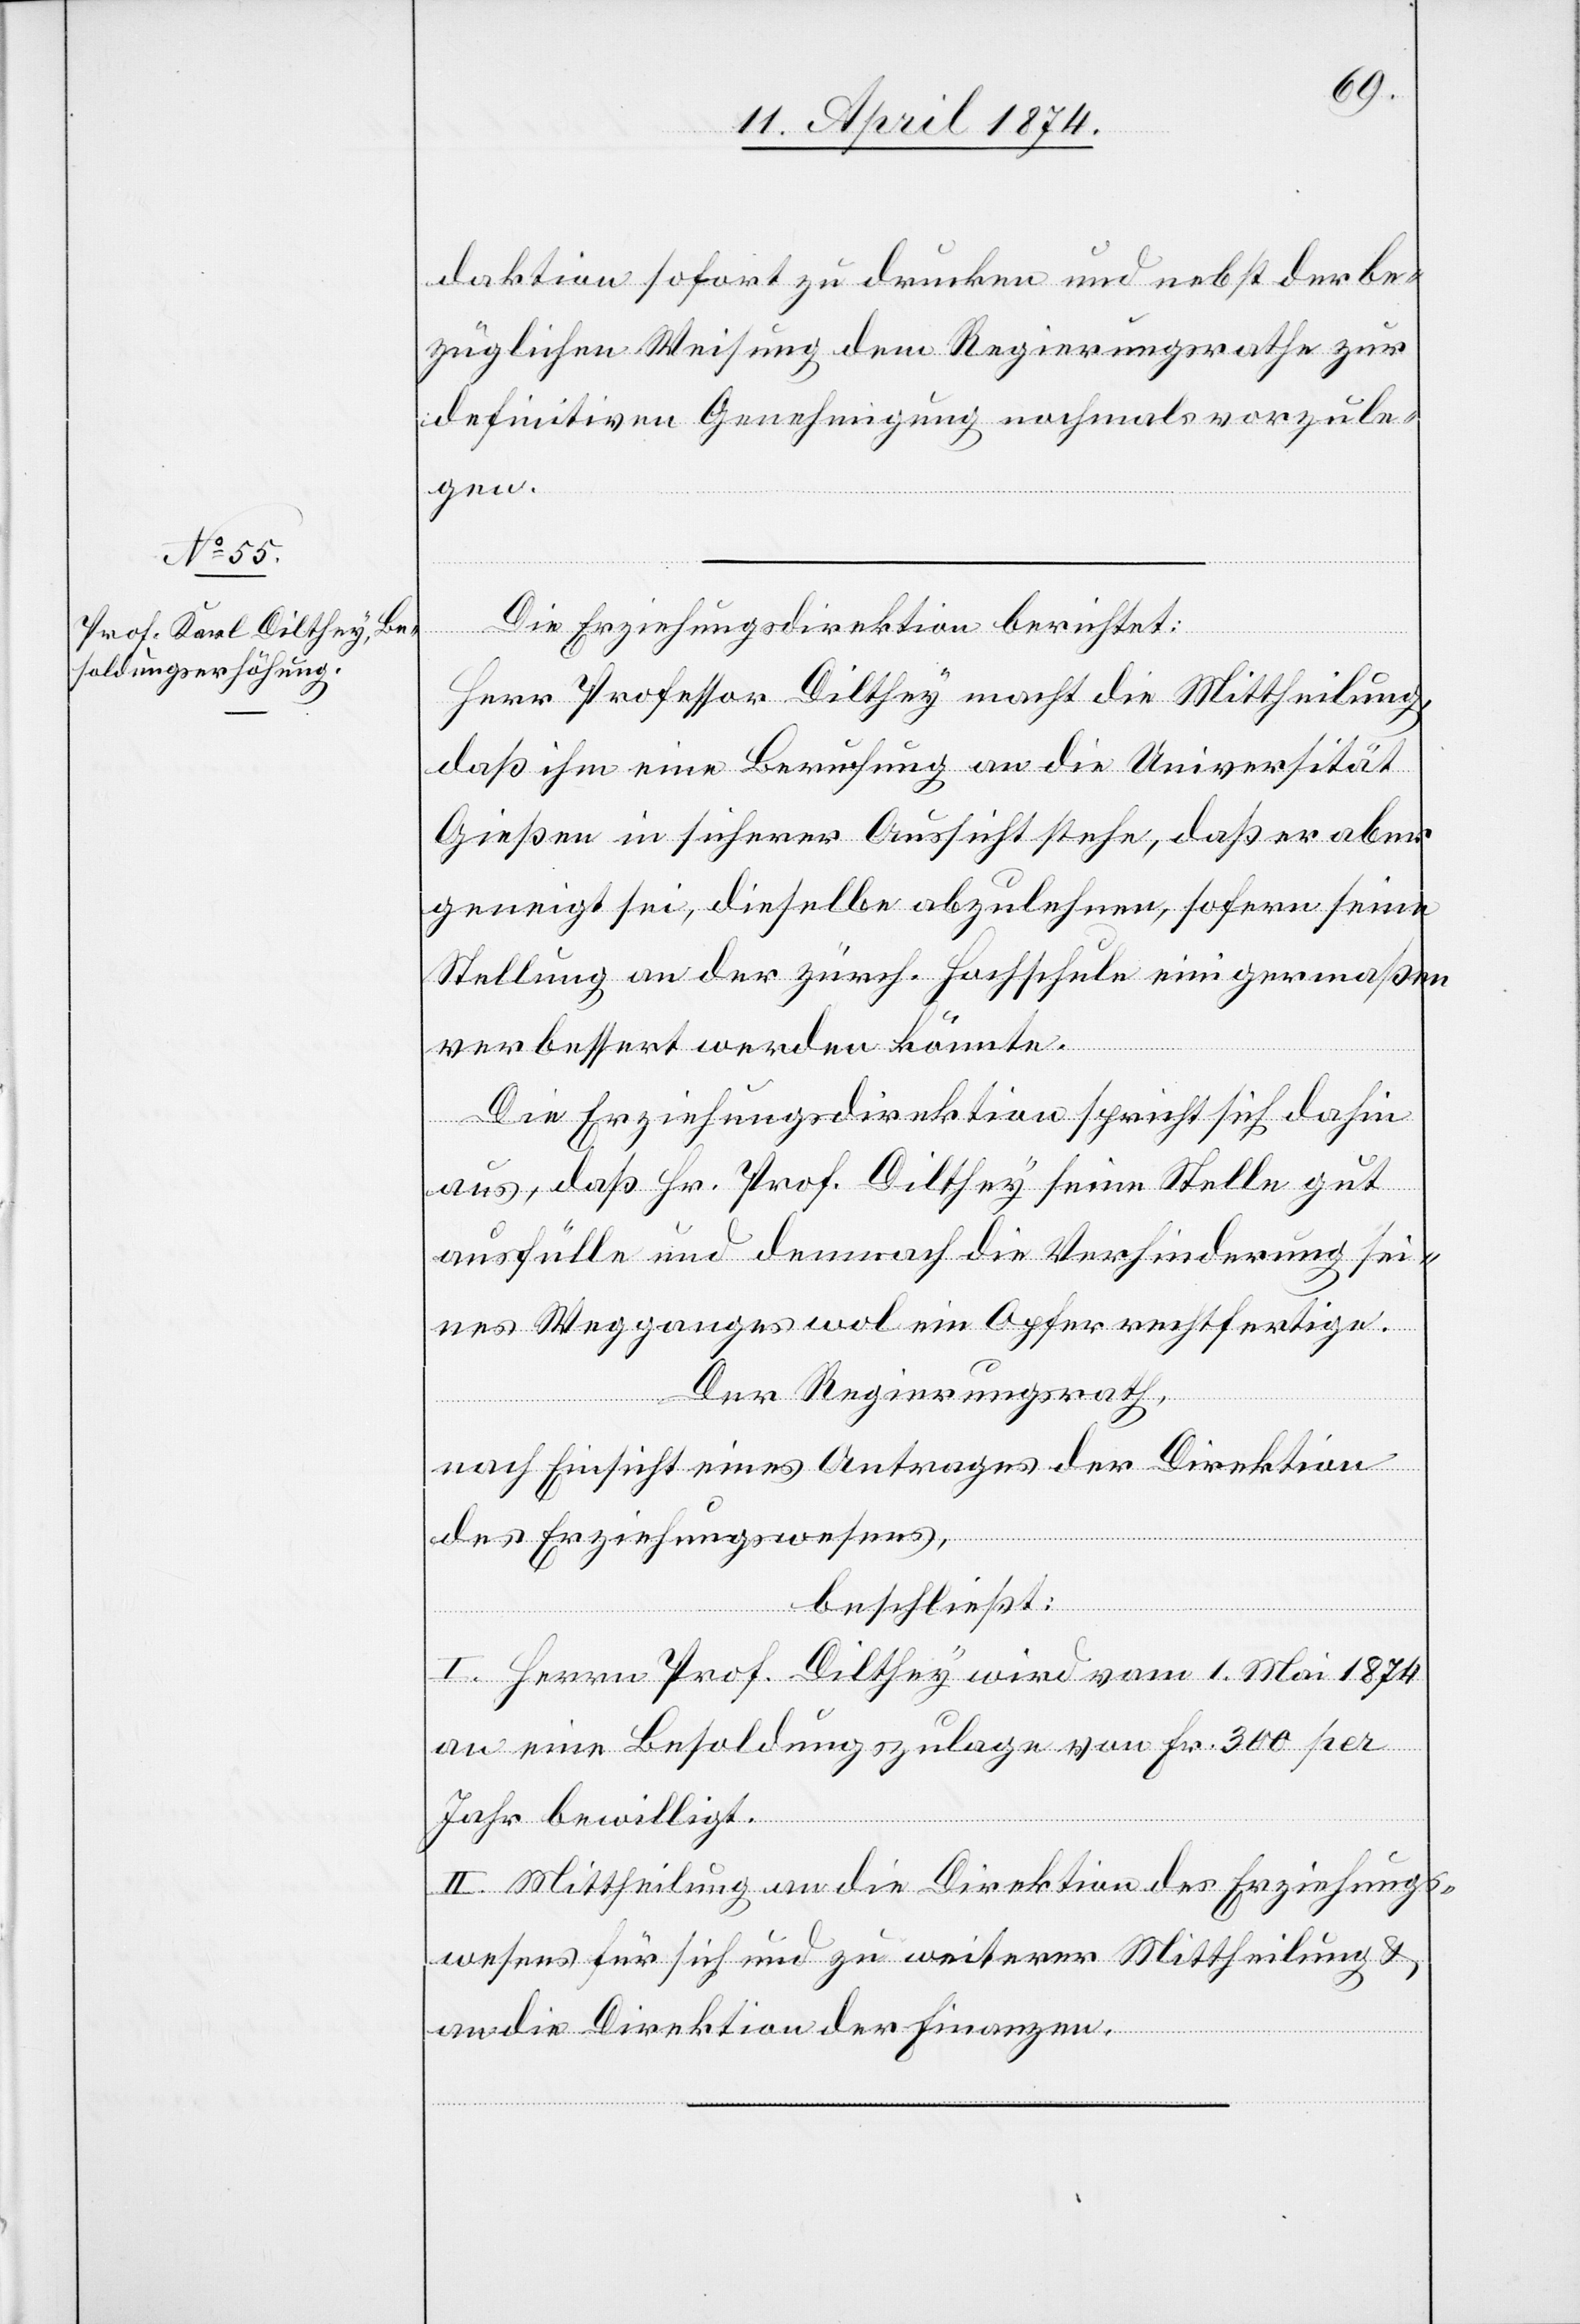
daktion sofort zu drucken und nebst der be¬
züglichen Weisung dem Regierungsrathe zur
definitiven Genehmigung nochmals vorzule¬
gen.
Die Erziehungsdirektion berichtet:
Herr Professor Dilthey macht die Mittheilung,
daß ihm eine Berufung an die Universität
Gießen in sicherer Aussicht stehe, daß er aber
geneigt sei, dieselbe abzulehnen, sofern seine
Stellung an der zürch. Hochschule einigermaßen
verbessert werden könnte.
Die Erziehungsdirektion spricht sich dahin
aus, daß Hr. Prof. Delthey seine Stelle gut
ausfülle und demnach die Verhinderung sei¬
nes Wegganges wol ein Opfer rechtfertige.
Der Regierungsrath,
nach Einsicht eines Antrages der Direktion
des Erziehungswesens,
beschließt:
I. Herrn Prof. Dilthey wird vom 1. Mai 1874
an eine Besoldungszulage von Fr. 300 per
Jahr bewilligt.
II. Mittheilung an die Direktion des Erziehungs¬
wesens für sich und zu weiterer Mittheilung u.
an die Direktion der Finanzen.